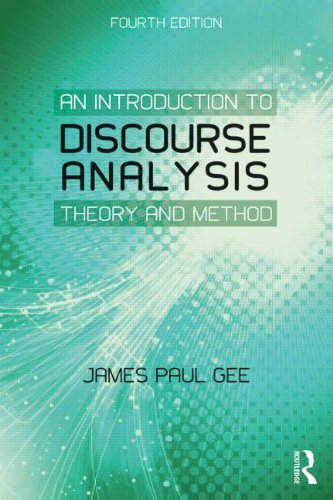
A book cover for An Introduction to Discourse Analysis: Theory and Method; James Paul Gee; Reference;